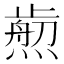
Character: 𤎴